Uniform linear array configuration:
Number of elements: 24
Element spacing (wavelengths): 1
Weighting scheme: kaiser
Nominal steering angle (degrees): -30
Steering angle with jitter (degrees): -30.981
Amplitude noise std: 0.05
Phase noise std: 0.05

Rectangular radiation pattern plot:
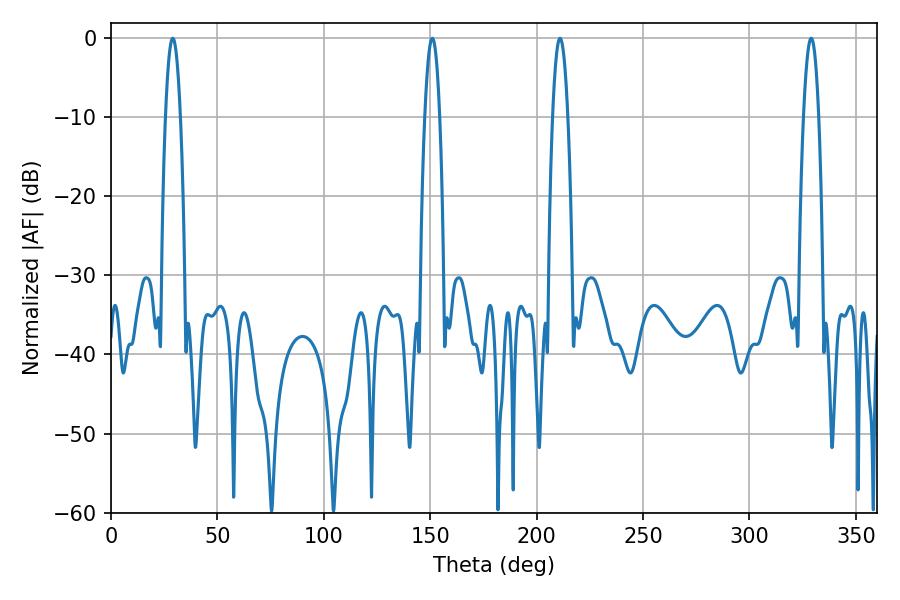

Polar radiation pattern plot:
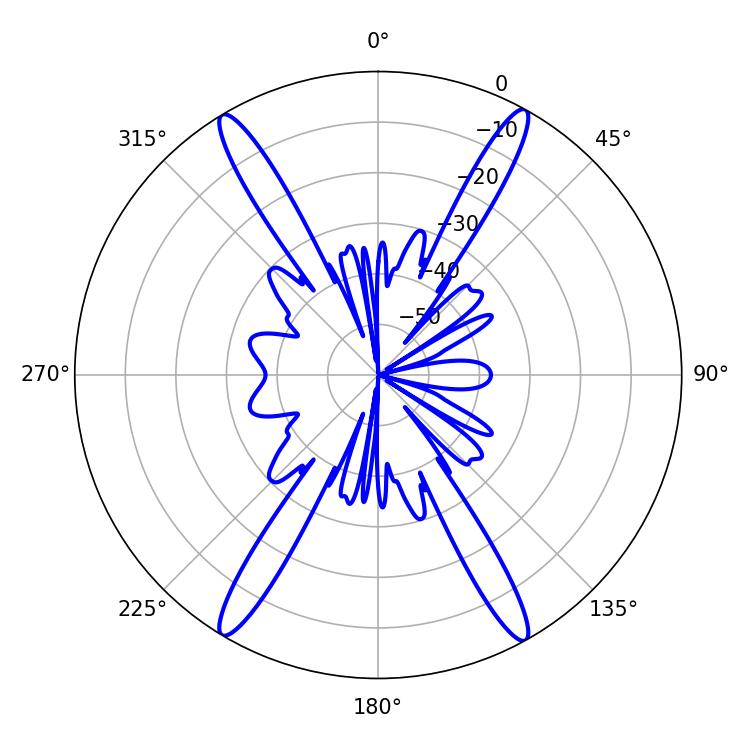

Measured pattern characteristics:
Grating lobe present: TRUE
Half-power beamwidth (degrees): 3.96
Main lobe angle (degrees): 210.96